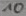
Text: 10